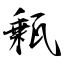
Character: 甀